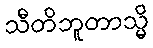
သီတိဘူတာသ္မိ